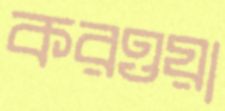
করওয়া